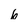
Character: 6